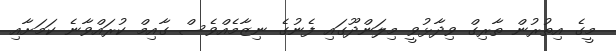
މީގެ އިތުރުން ތާރިގް ވިދާޅުވީ މިލަންދޫގައި ފެނުގެ ނިޒާމެއްވެސް ގާއިމް ކުރައްވާނެ ކަމަށާއި